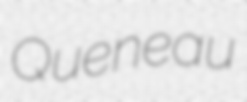
Queneau